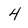
Character: 4